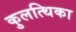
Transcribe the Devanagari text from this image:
कुलत्थिका